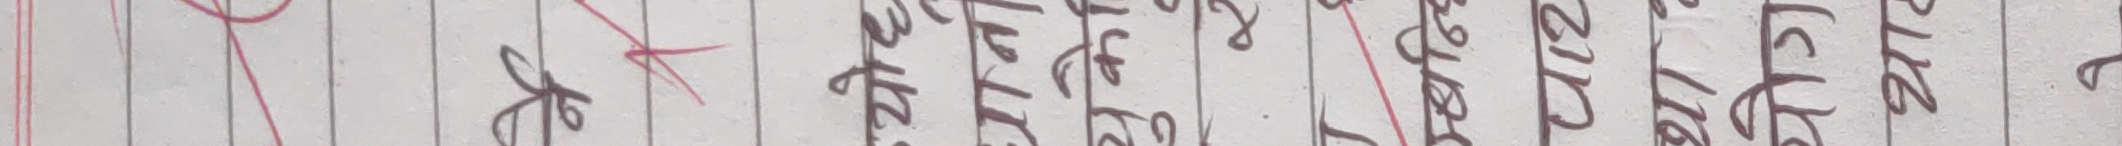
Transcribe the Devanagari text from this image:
७४०४७८५११२३५१७३१९९४५५५४८०९६६६६६६५२४३६७९९९०९८७८६६४२०१५३७७७७०८१९०३२८८०५०७४९३०७५११०८४९२१५२२४९७८३२८०९०६१५९०४७०२८७५८८७४४०४८२३१३५०९४९६८०९९४७००२३९७२४५५५२८९६६०५४९९२६७३२८९०३८४५९०७७९०४१४९४६४८१६२१९३२२०८२८७२५११९०१४७०८४११९८७६९८७०२४२१४८५९१३२०००९०८९६७७५५६३७५२४६८७४४९७०२८०४९६३८५०५९८४८९८७८६०४१२१९०